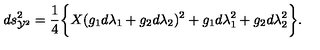
d s _ { { \cal Y } ^ { 2 } } ^ { 2 } = \frac { 1 } { 4 } \biggl \{ X ( g _ { 1 } d \lambda _ { 1 } + g _ { 2 } d \lambda _ { 2 } ) ^ { 2 } + g _ { 1 } d \lambda _ { 1 } ^ { 2 } + g _ { 2 } d \lambda _ { 2 } ^ { 2 } \biggr \} .